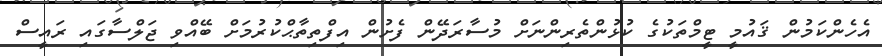
އެހެންކަމުން ޤައުމީ ޓީމްތަކުގެ ކުޅުންތެރިންނަށް މުސާރަދޭން ފެށުން އިފްތިތާޙްކުރުމަށް ބޭއްވި ޖަލްސާގައި ރައީސް